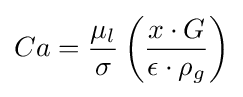
Ca={\frac {\mu _{l}}{\sigma }}\left({\frac {x\cdot G}{\epsilon \cdot \rho _{g}}}\right)